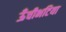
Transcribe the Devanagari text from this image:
ऊँचीभटिया